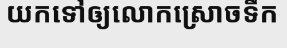
យកទៅឲ្យលោកស្រោចទឹក